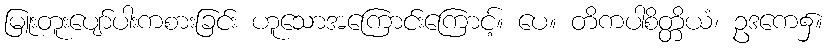
မြူးတူးပျော်ပါးကစားခြင်း ဟူသောအကြောင်းကြောင့်။ ပေ။ တိကပါစိတ္တိယံ၊ ဥဒကေ၌။